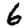
Digit: 6